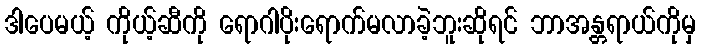
ဒါပေမယ့် ကိုယ့်ဆီကို ရောဂါပိုးရောက်မလာခဲ့ဘူးဆိုရင် ဘာအန္တရာယ်ကိုမှ